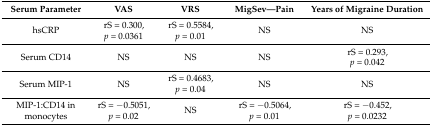
| Serum Parameter | VAS | VRS | MigSev—Pain | Years of Migraine Duration |
 | --- | --- | --- | --- | --- |
 | hsCRP | rS = 0.300, p = 0.0361 | rS = 0.5584, p = 0.01 | NS | NS |
 | Serum CD14 | NS | NS | NS | rS = 0.293, p = 0.042 |
 | Serum MIP-1 | NS | rS = 0.4683, p = 0.04 | NS | NS |
 | MIP-1:CD14 in monocytes | rS = −0.5051, p = 0.02 | NS | rS = −0.5064, p = 0.01 | rS = −0.452, p = 0.0232 |